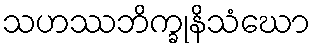
သဟဿဘိက္ခုနိသံဃော